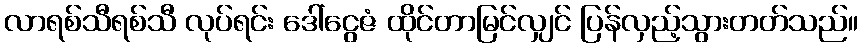
လာရစ်သီရစ်သီ လုပ်ရင်း ဒေါ်ငွေဇံ ထိုင်တာမြင်လျှင် ပြန်လှည့်သွားတတ်သည်။